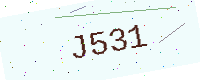
Text: J531